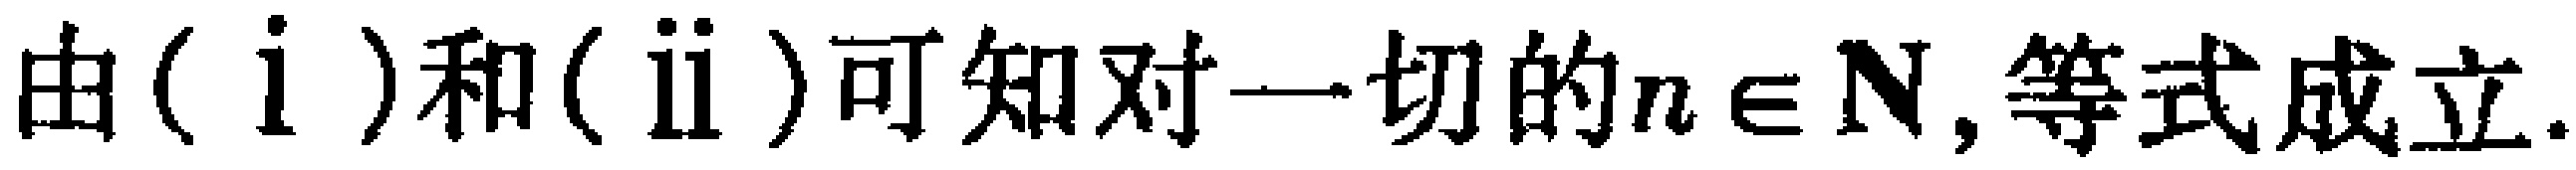
由$(\mathrm{i})$和$(\mathrm{ii})$可知对一切的$n\in\mathbf{N}$, 等式成立.